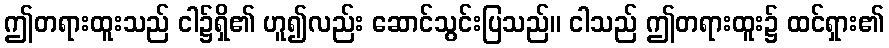
ဤတရားထူးသည် ငါ၌ရှိ၏ ဟူ၍လည်း ဆောင်သွင်းပြသည်။ ငါသည် ဤတရားထူး၌ ထင်ရှား၏